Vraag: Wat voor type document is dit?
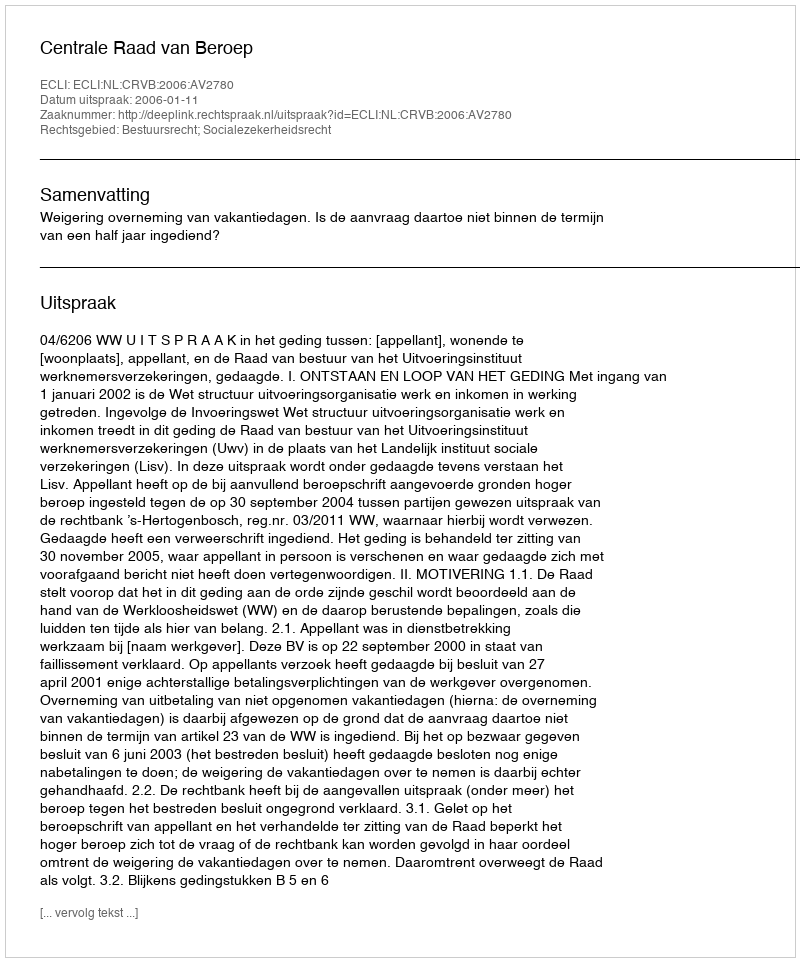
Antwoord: Uitspraak